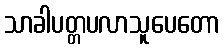
သာခါပတ္တပလာသူပေတော